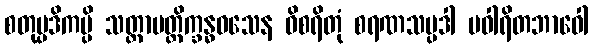
စတုပ္ပဒိကမ္ပိ သတ္တာပတ္တိက္ခန္ဓဝသေန ဝိစရိတုံ စရဏသမ္ပဒါ ပဝါရိတဘာဝေါ